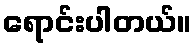
ရောင်းပါတယ်။